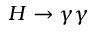
H \rightarrow \gamma \gamma